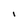
Character: I